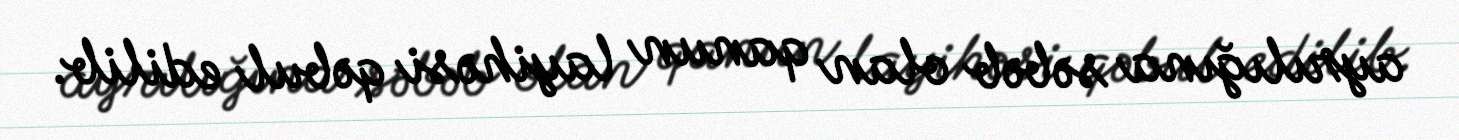
ayrılığına səbəb olan qanun layihəsi qəbul edilib.